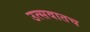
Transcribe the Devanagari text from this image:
उत्सवातच